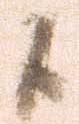
候